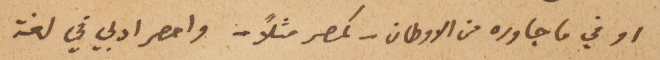
او في ما جاوره من الاوطان - كمصر مثلاً - واحصر ادبي في لغة